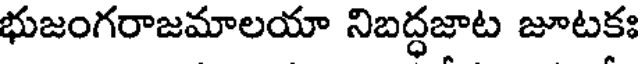
భుజంగరాజమాలయా నిబద్ధజాట జూటకః